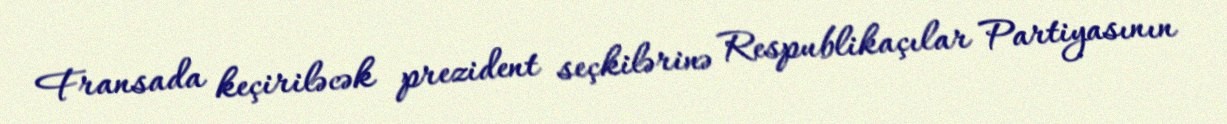
Fransada keçiriləcək prezident seçkilərinə Respublikaçılar Partiyasının